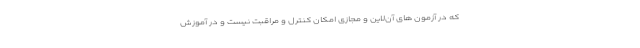
که در آزمون های آن‌لاین و مجازی امکان کنترل و مراقبت نیست و در آموزش